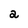
Character: 2